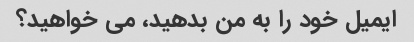
ایمیل خود را به من بدهید، می خواهید؟